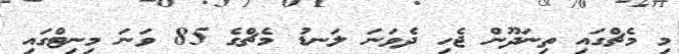
މި މެޗްގައި ތިނަދޫން ޖެހި ދެވަނަ ލަނޑު މެޗްގެ 85 ވަނަ މިނިޓްގައި